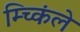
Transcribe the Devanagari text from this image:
म्च्किंले